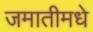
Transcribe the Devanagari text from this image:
जमातीमधे